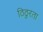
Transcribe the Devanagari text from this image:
ठिठुरता